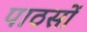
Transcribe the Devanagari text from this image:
पाठसों